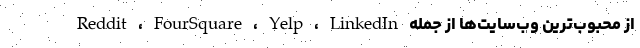
از محبوب‌ترین وب‌سایت‌ها از جمله Reddit ، FourSquare ، Yelp ، LinkedIn